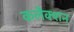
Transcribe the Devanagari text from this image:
कलैक्शन